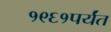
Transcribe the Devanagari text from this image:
१९६१पर्यंत